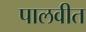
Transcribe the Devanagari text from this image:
पालवीत